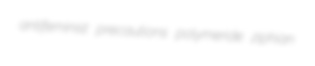
antifeminist precautions polymeride ziphian